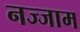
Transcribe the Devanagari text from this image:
नज्जाम